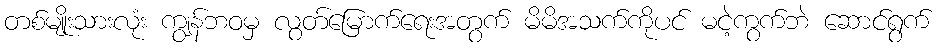
တစ်မျိုးသားလုံး ကျွန်ဘဝမှ လွတ်မြောက်ရေးအတွက် မိမိအသက်ကိုပင် မငဲ့ကွက်ဘဲ ဆောင်ရွက်